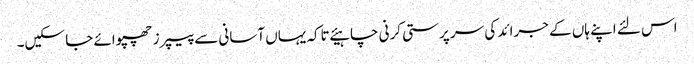
اس لئے اپنے ہاں کے جرائد کی سر پرستی کرنی چاہیئے تاکہ یہاں آسانی سے پیپرز چھپوائے جا سکیں۔